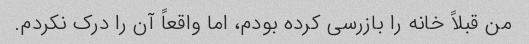
من قبلاً خانه را بازرسی کرده بودم، اما واقعاً آن را درک نکردم.